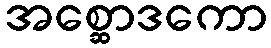
အစ္ဆောဒကော